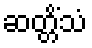
ဆတ္တိံသံ